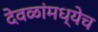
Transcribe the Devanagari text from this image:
देवळांमध्येच